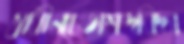
স্বাধীনচেতাশব্দবিদ্যা